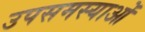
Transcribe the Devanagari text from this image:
उपसमस्याओं